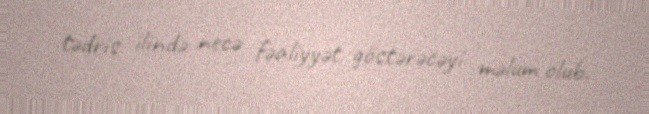
tədris ilində necə fəaliyyət göstərəcəyi məlum olub.